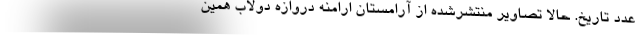
عدد تاریخ. حالا تصاویر منتشرشده از آرامستان ارامنه دروازه دولاب همین